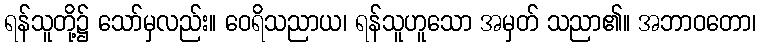
ရန်သူတို့၌ သော်မှလည်း။ ဝေရိသညာယ၊ ရန်သူဟူသော အမှတ် သညာ၏။ အဘာဝတော၊